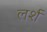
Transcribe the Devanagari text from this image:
लर्श